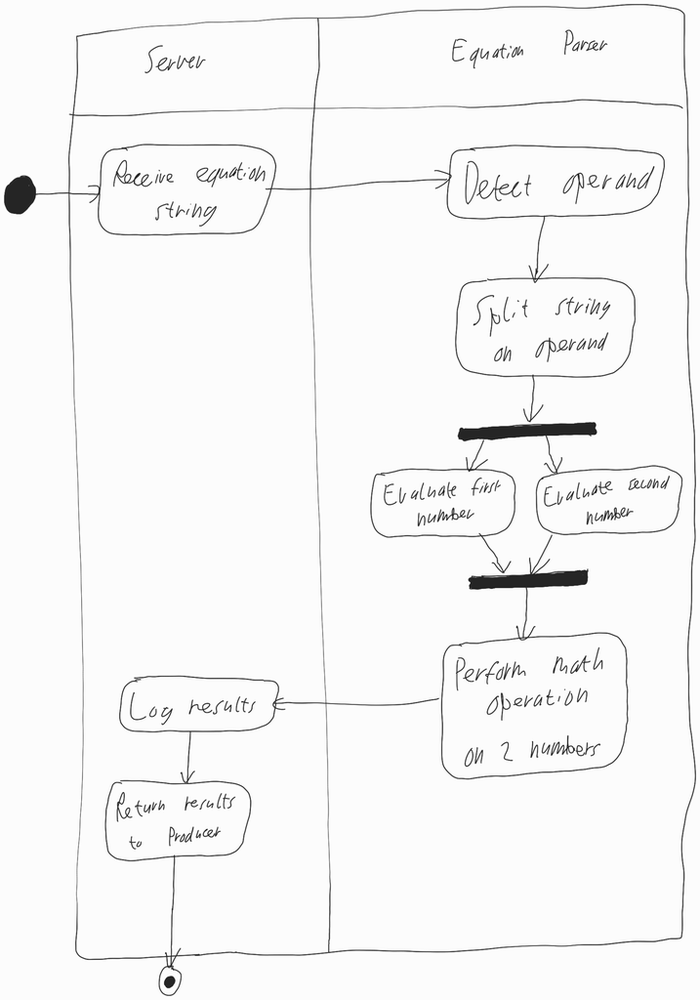
Diagram type: activity_diagram
```plantuml
@startuml

|Server|

start

:Receive equation string;

|Equation Parser|

:Detect operand;

:Split string on operand;

fork
  :Evaluate first number;
fork again
  :Evaluate second number;
end fork

:Perform math operation on 2 numbers;

|Server|

:Log results;

:Return results to Producer;

stop

@enduml
```